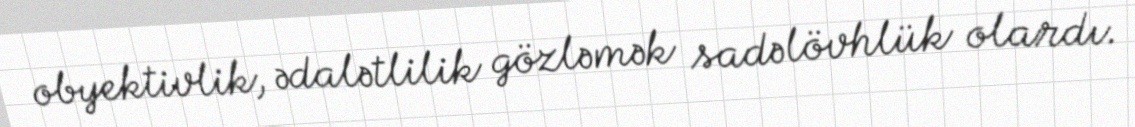
obyektivlik, ədalətlilik gözləmək sadəlövhlük olardı.